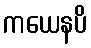
ကယေနပိ